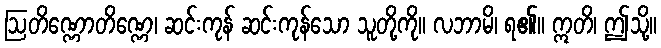
ဩတိဏ္ဏောတိဏ္ဏေ၊ ဆင်းကုန် ဆင်းကုန်သော သူတို့ကို။ လဘာမိ၊ ရ၏။ ဣတိ၊ ဤသို့။